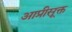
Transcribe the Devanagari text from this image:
आप्रीसूक्त